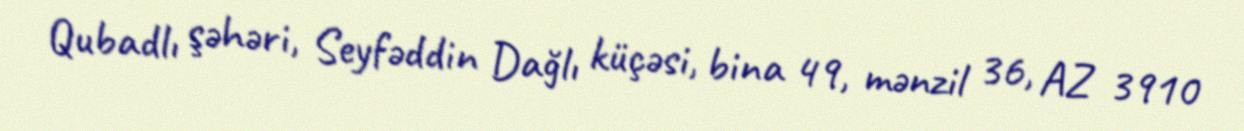
Qubadlı şəhəri, Seyfəddin Dağlı küçəsi, bina 49, mənzil 36, AZ 3910